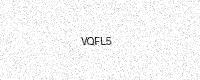
Text: VQFL5